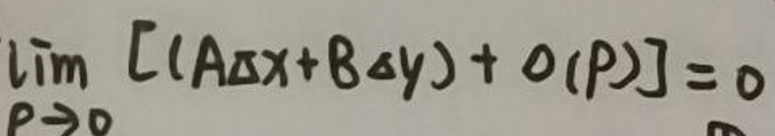
\(\lim_{P \to 0} [A\Delta x + B\Delta y + o(P)] = 0\)